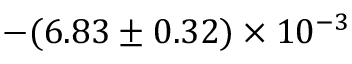
- ( 6 . 8 3 \pm 0 . 3 2 ) \times 1 0 ^ { - 3 }